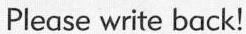
Please write back!